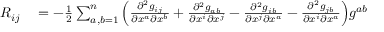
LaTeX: \begin{array} { r l } { R _ { i j } } & { { } = - { \frac { 1 } { 2 } } \sum _ { a , b = 1 } ^ { n } { \Big ( } { \frac { \partial ^ { 2 } g _ { i j } } { \partial x ^ { a } \partial x ^ { b } } } + { \frac { \partial ^ { 2 } g _ { a b } } { \partial x ^ { i } \partial x ^ { j } } } - { \frac { \partial ^ { 2 } g _ { i b } } { \partial x ^ { j } \partial x ^ { a } } } - { \frac { \partial ^ { 2 } g _ { j b } } { \partial x ^ { i } \partial x ^ { a } } } { \Big ) } g ^ { a b } } \end{array}